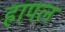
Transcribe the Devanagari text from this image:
हापल